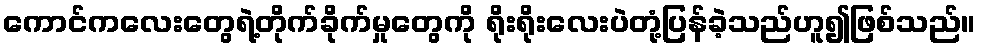
ကောင်ကလေးတွေရဲ့တိုက်ခိုက်မှုတွေကို ရိုးရိုးလေးပဲတုံ့ပြန်ခဲ့သည်ဟူ၍ဖြစ်သည်။